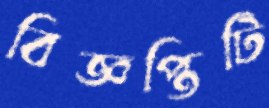
বিজ্ঞপ্তিটি